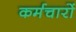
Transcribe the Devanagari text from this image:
कर्मचारों